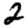
Digit: 2